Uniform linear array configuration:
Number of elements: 64
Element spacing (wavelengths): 1
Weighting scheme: cosine
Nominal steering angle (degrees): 45
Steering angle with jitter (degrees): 44.216
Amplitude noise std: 0.05
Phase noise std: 0.05

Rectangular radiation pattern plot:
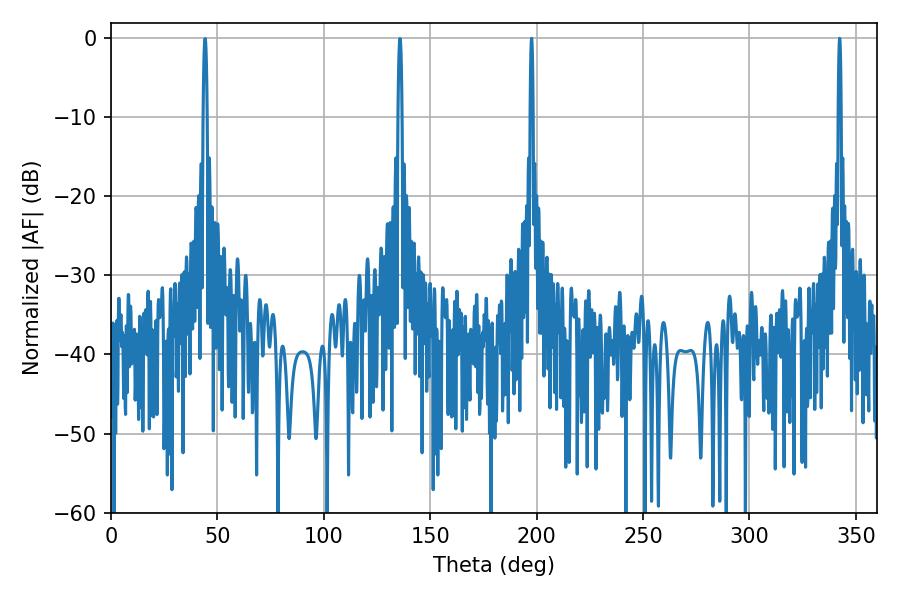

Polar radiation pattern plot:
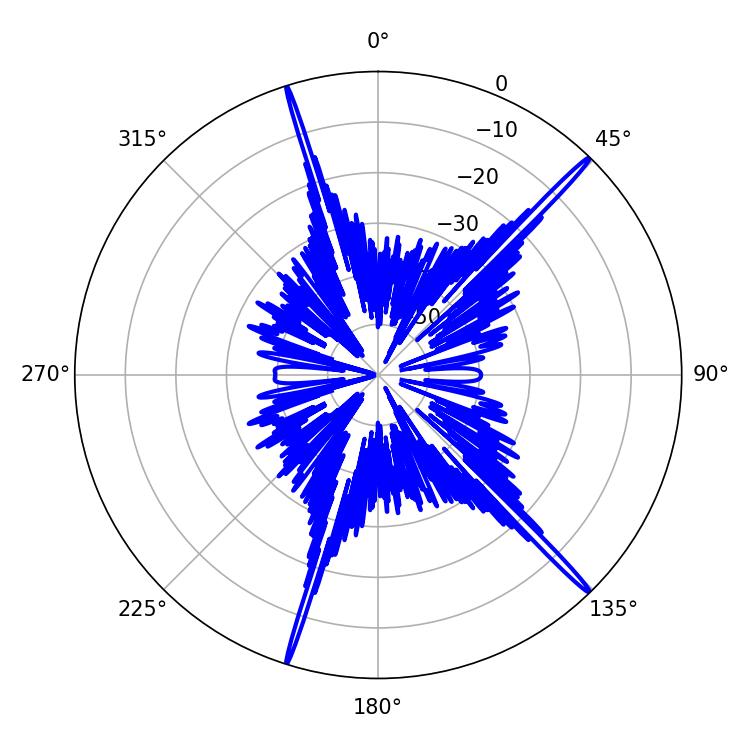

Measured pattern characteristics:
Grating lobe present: TRUE
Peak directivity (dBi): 19.867
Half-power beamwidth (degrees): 0.72
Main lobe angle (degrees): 342.36